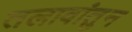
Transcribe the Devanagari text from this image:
तलावांतुन